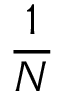
\frac { 1 } { N }